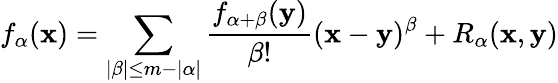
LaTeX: f_{\alpha}({\mathbf{x}})=\sum_{|\beta|\leq m-|\alpha|}{\frac{f_{\alpha+\beta}({\mathbf{y}})}{\beta!}}({\mathbf{x}}-{\mathbf{y}})^{\beta}+R_{\alpha}({\mathbf{x}},{\mathbf{y}})